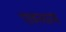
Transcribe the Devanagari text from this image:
पावनधाम